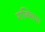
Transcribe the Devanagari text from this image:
राक्सिया